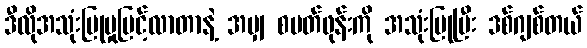
ဒီလိုအသုံးပြုမှုမြင့်လာတာနဲ့ အမျှ စမတ်ဖုန်းကို အသုံးပြုပြီး ဒစ်ဂျစ်တယ်